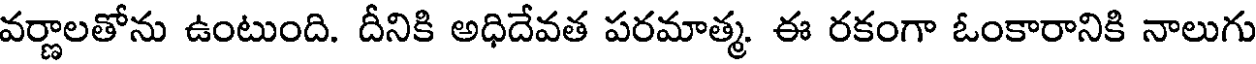
వర్ణాలతోను ఉంటుంది. దీనికి అధిదేవత పరమాత్మ. ఈ రకంగా ఓంకారానికి నాలుగు